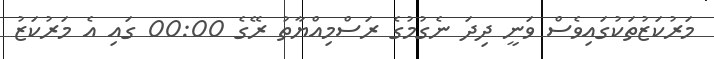
މަރުކަޒުތަކުގައިވެސް ވަނީ ދިދަ ނެގުމުގެ ރަސްމިއްޔާތު ރޭގެ 00:00 ގައި އެ މަރުކަޒު